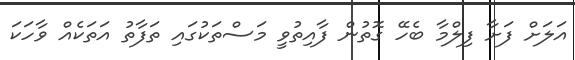
އަލަށް ފަށާ ފިލްމާ ބެހޭ ގޮތުން ފާއިތުވީ މަސްތަކުގައި ތަފާތު އަތަކެއް ވާހަކަ